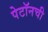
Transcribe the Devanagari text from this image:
पेटॉनची